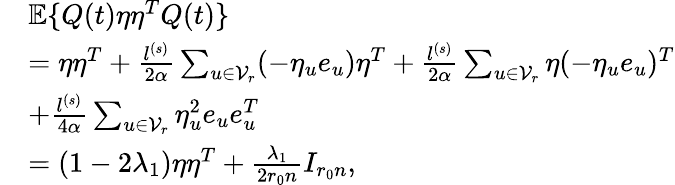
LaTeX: \begin{array}{rl}&{\mathbb{E}\{ Q(t)\eta\eta^{T}Q(t)\} }\\ &{=\eta\eta^{T}+\frac{l^{(s)}}{2\alpha}\sum_{u\in\mathcal{V}_{r}}(-\eta_{u}e_{u})\eta^{T}+\frac{l^{(s)}}{2\alpha}\sum_{u\in\mathcal{V}_{r}}\eta(-\eta_{u}e_{u})^{T}}\\ &{+\frac{l^{(s)}}{4\alpha}\sum_{u\in\mathcal{V}_{r}}\eta_{u}^{2}e_{u}e_{u}^{T}}\\ &{=(1-2\lambda_{1})\eta\eta^{T}+\frac{\lambda_{1}}{2r_{0}n}I_{r_{0}n},}\end{array}